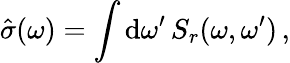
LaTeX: \hat{\sigma}(\omega)=\int\mathrm{d}\omega^{\prime}\, S_{r}(\omega,\omega^{\prime})\, ,